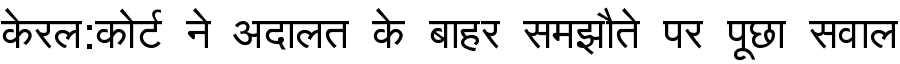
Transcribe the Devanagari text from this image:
केरल:कोर्ट ने अदालत के बाहर समझौते पर पूछा सवाल